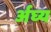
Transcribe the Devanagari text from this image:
र्अघ्य